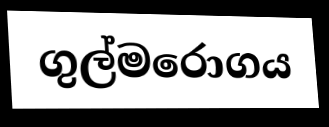
ගුල්මරොගය